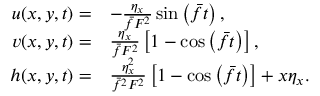
\begin{array} { r l } { u ( x , y , t ) = } & { - \frac { \eta _ { x } } { \bar { f } F ^ { 2 } } \sin \left( \bar { f } t \right) , } \\ { v ( x , y , t ) = } & { \frac { \eta _ { x } } { \bar { f } F ^ { 2 } } \left[ 1 - \cos \left( \bar { f } t \right) \right] , } \\ { h ( x , y , t ) = } & { \frac { \eta _ { x } ^ { 2 } } { \bar { f } ^ { 2 } F ^ { 2 } } \left[ 1 - \cos \left( \bar { f } t \right) \right] + x \eta _ { x } . } \end{array}